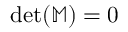
\operatorname* { d e t } ( \mathbb { M } ) = 0